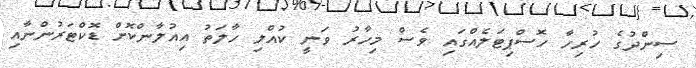
ސިންދުގެ ހުރިހާ ހޮސްޕިޓަލެއްގައި ވެސް މިހާރު ވަނީ ކުއްލި ހާލަތު އިއުލާންކޮށް ޑޮކްޓަރުންނާއި